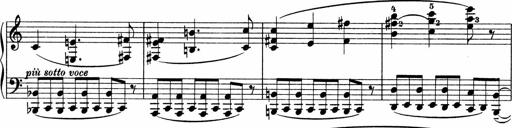
Title: Sonatina No.4
Composer: Abram Kimmell
Key: E minor